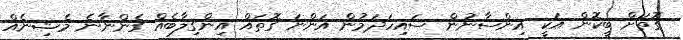
ގޮތަށް ބީކޮން އަކީ އިންސާނުން ސައިހަދަމުން އަންނަ ގޮތައް އިންގިލާބެއް ގެންނާނެ މެޝިނެއް